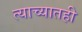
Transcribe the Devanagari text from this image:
त्याच्यातही